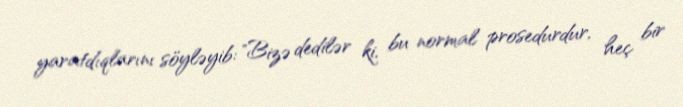
yaratdıqlarını söyləyib: "Bizə dedilər ki, bu normal prosedurdur, heç bir